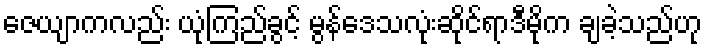
ဇေယျာကလည်း ယုံကြည်ခွင့် မွန်ဒေသလုံးဆိုင်ရာဒီမိုက ချခဲ့သည်ဟု